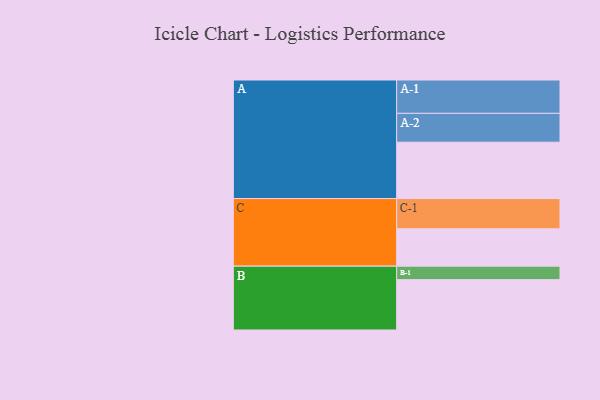
{"axis": {"x": "Segment", "y": "Value"}, "legend": ["", "A", "B", "C"], "data": [{"x": "A", "y": 477, "type": ""}, {"x": "B", "y": 426, "type": ""}, {"x": "C", "y": 316, "type": ""}, {"x": "A-1", "y": 282, "type": "A"}, {"x": "A-2", "y": 244, "type": "A"}, {"x": "B-1", "y": 114, "type": "B"}, {"x": "C-1", "y": 256, "type": "C"}]}